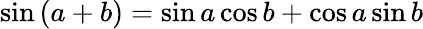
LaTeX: \sin\left(a+b\right)=\sin a\cos b+\cos a\sin b